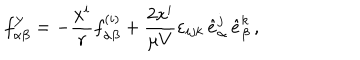
LaTeX: f _ { \alpha \beta } ^ { Y } = - \frac { x ^ { i } } { r } f _ { \alpha \beta } ^ { ( i ) } + \frac { 2 x ^ { i } } { \mu V } \varepsilon _ { i j k } \, { \hat { e } } _ { \alpha } ^ { j } \, { \hat { e } } _ { \beta } ^ { k } \, ,